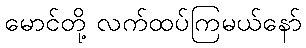
မောင်တို့ လက်ထပ်ကြမယ်နော်